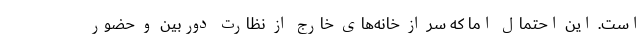
است. این احتمال اما که سر از خانه‌های خارج از نظارت دوربین و حضور